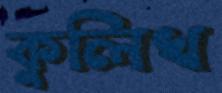
কুলিখ